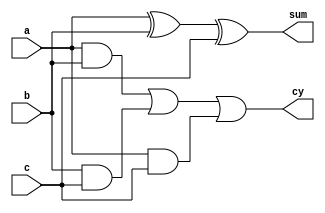
`timescale 1ns / 1ps
//////////////////////////////////////////////////////////////////////////////////
module FA(a,b,c,cy,sum);
	input a,b,c;
	output sum;
	output cy;
	
	assign sum=a^b^c;
	assign cy=(a&b | b&c | a&c);
endmodule

module RCA(a,b,cin,sum,cout);
	 input [3:0] a;
    input [3:0] b;
    input cin;
    output [3:0] sum;
    output cout; 
	 
	 wire c1,c2,c3,c4;
	 FA a1(a[0],b[0],cin,c1,sum[0]);
	 FA a2(a[1],b[1],c1,c2,sum[1]);
	 FA a3(a[2],b[2],c2,c3,sum[2]);
	 FA a4(a[3],b[3],c3,cout,sum[3]);
	 
endmodule


module CSA(
    input [3:0] a,
    input [3:0] b,
    input cin,
    output reg [3:0]sum,
    output reg cout
    );
	integer i; 
	 wire [3:0]rcasum1,rcasum0;
	 RCA rca1(a,b,1'b1,rcasum1,cout1);
	 RCA rca2(a,b,1'b0,rcasum0,cout0);
	 
	 always@(*)
	 begin
		for(i=0; i<4; i=i+1)
		begin
			if(cin==0) 
				begin
					sum[i]=rcasum0[i];
					cout=cout0;
				end
			else
				begin
					sum[i]=rcasum1[i];
					cout=cout1;
				end
		end
	 end
	 
endmodule